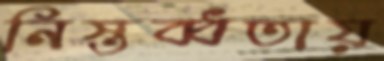
নিস্তব্ধতায়